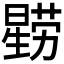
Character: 𭧻